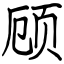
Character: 顾